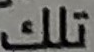
تلك